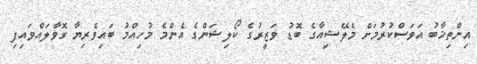
އިންތިޚާބު އަވަސްކުރުމަށް މެލޭޝިއާގެ ބޮޑު ވަޒީރުގެ ކޯލިޝަންގެ އެންމެ މުހިއްމު ބައިވެރިޔާ ގޮވާލައްވައިފި